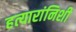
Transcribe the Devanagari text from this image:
हत्यारांनिशी